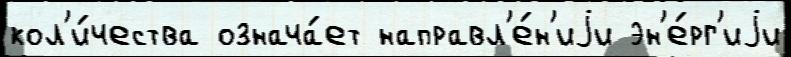
кол'и́чества означа́ет направл'е́н'иjи эн'е́рг'иjи